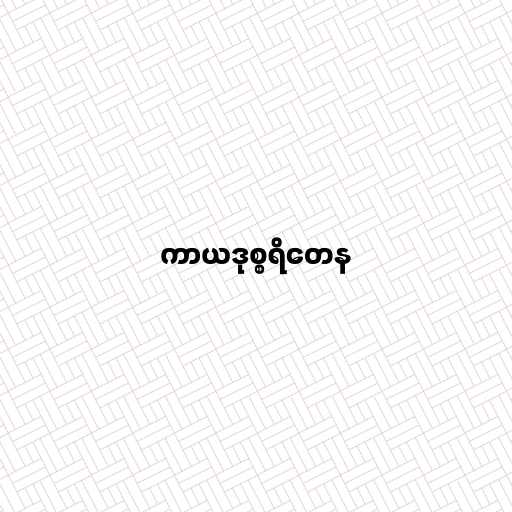
ကာယဒုစ္စရိတေန